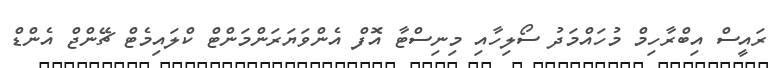
ރައީސް އިބްރާހިމް މުހައްމަދު ސޯލިހާއި މިނިސްޓާ އޮފް އެންވަޔަރަންމަންޓް ކްލައިމެޓް ޗޭންޖް އެންޑް